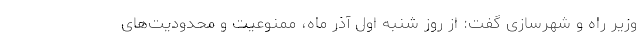
وزیر راه و شهرسازی گفت: از روز شنبه اول آذر ماه، ممنوعیت و محدودیت‌های